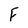
Character: F